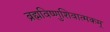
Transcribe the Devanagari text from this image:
ब्रह्मविष्णुशिवात्मकम्